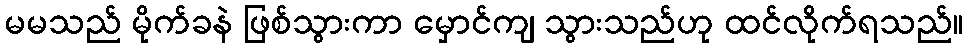
မမသည် မိုက်ခနဲ ဖြစ်သွားကာ မှောင်ကျ သွားသည်ဟု ထင်လိုက်ရသည်။